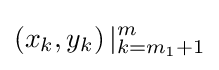
\left(x_{k},y_{k}\right)|_{k=m_{1}+1}^{m}